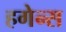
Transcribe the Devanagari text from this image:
हगेन्स